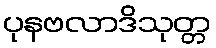
ပုနဗလာဒိသုတ္တ